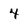
Character: 4